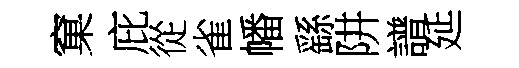
窠庇從雀幡繇阱譜延